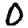
Digit: 0